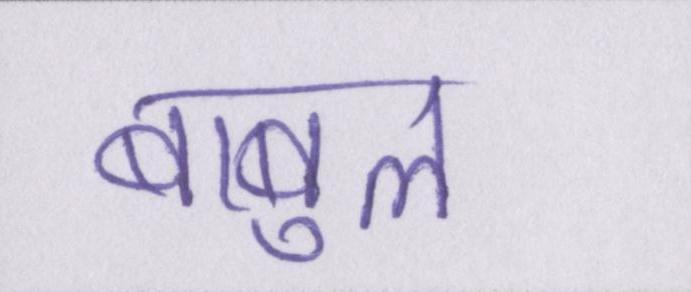
बाबुल